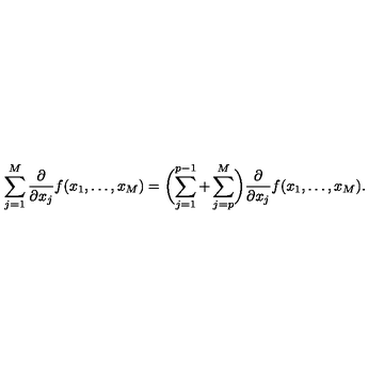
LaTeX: \sum _ { j = 1 } ^ { M } \frac { \partial } { \partial x _ { j } } f ( x _ { 1 } , \dots , x _ { M } ) = \biggl ( \sum _ { j = 1 } ^ { p - 1 } + \sum _ { j = p } ^ { M } \biggr ) \frac { \partial } { \partial x _ { j } } f ( x _ { 1 } , \dots , x _ { M } ) .